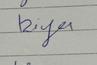
Signature authenticity: genuine